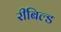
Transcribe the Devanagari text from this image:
रीबिल्ड